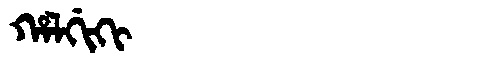
Manchu: ᡥᠠᠯᡤᡳᡴᡳ
Romanization: HALGIKI